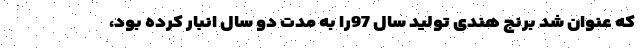
که عنوان شد برنج هندی تولید سال 97را به مدت دو سال انبار کرده بود،